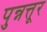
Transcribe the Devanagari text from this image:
पुन्नत्तूर